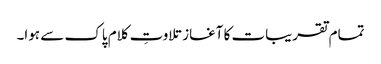
تمام تقریبات کا آغاز تلاوتِ کلام پاک سے ہوا۔